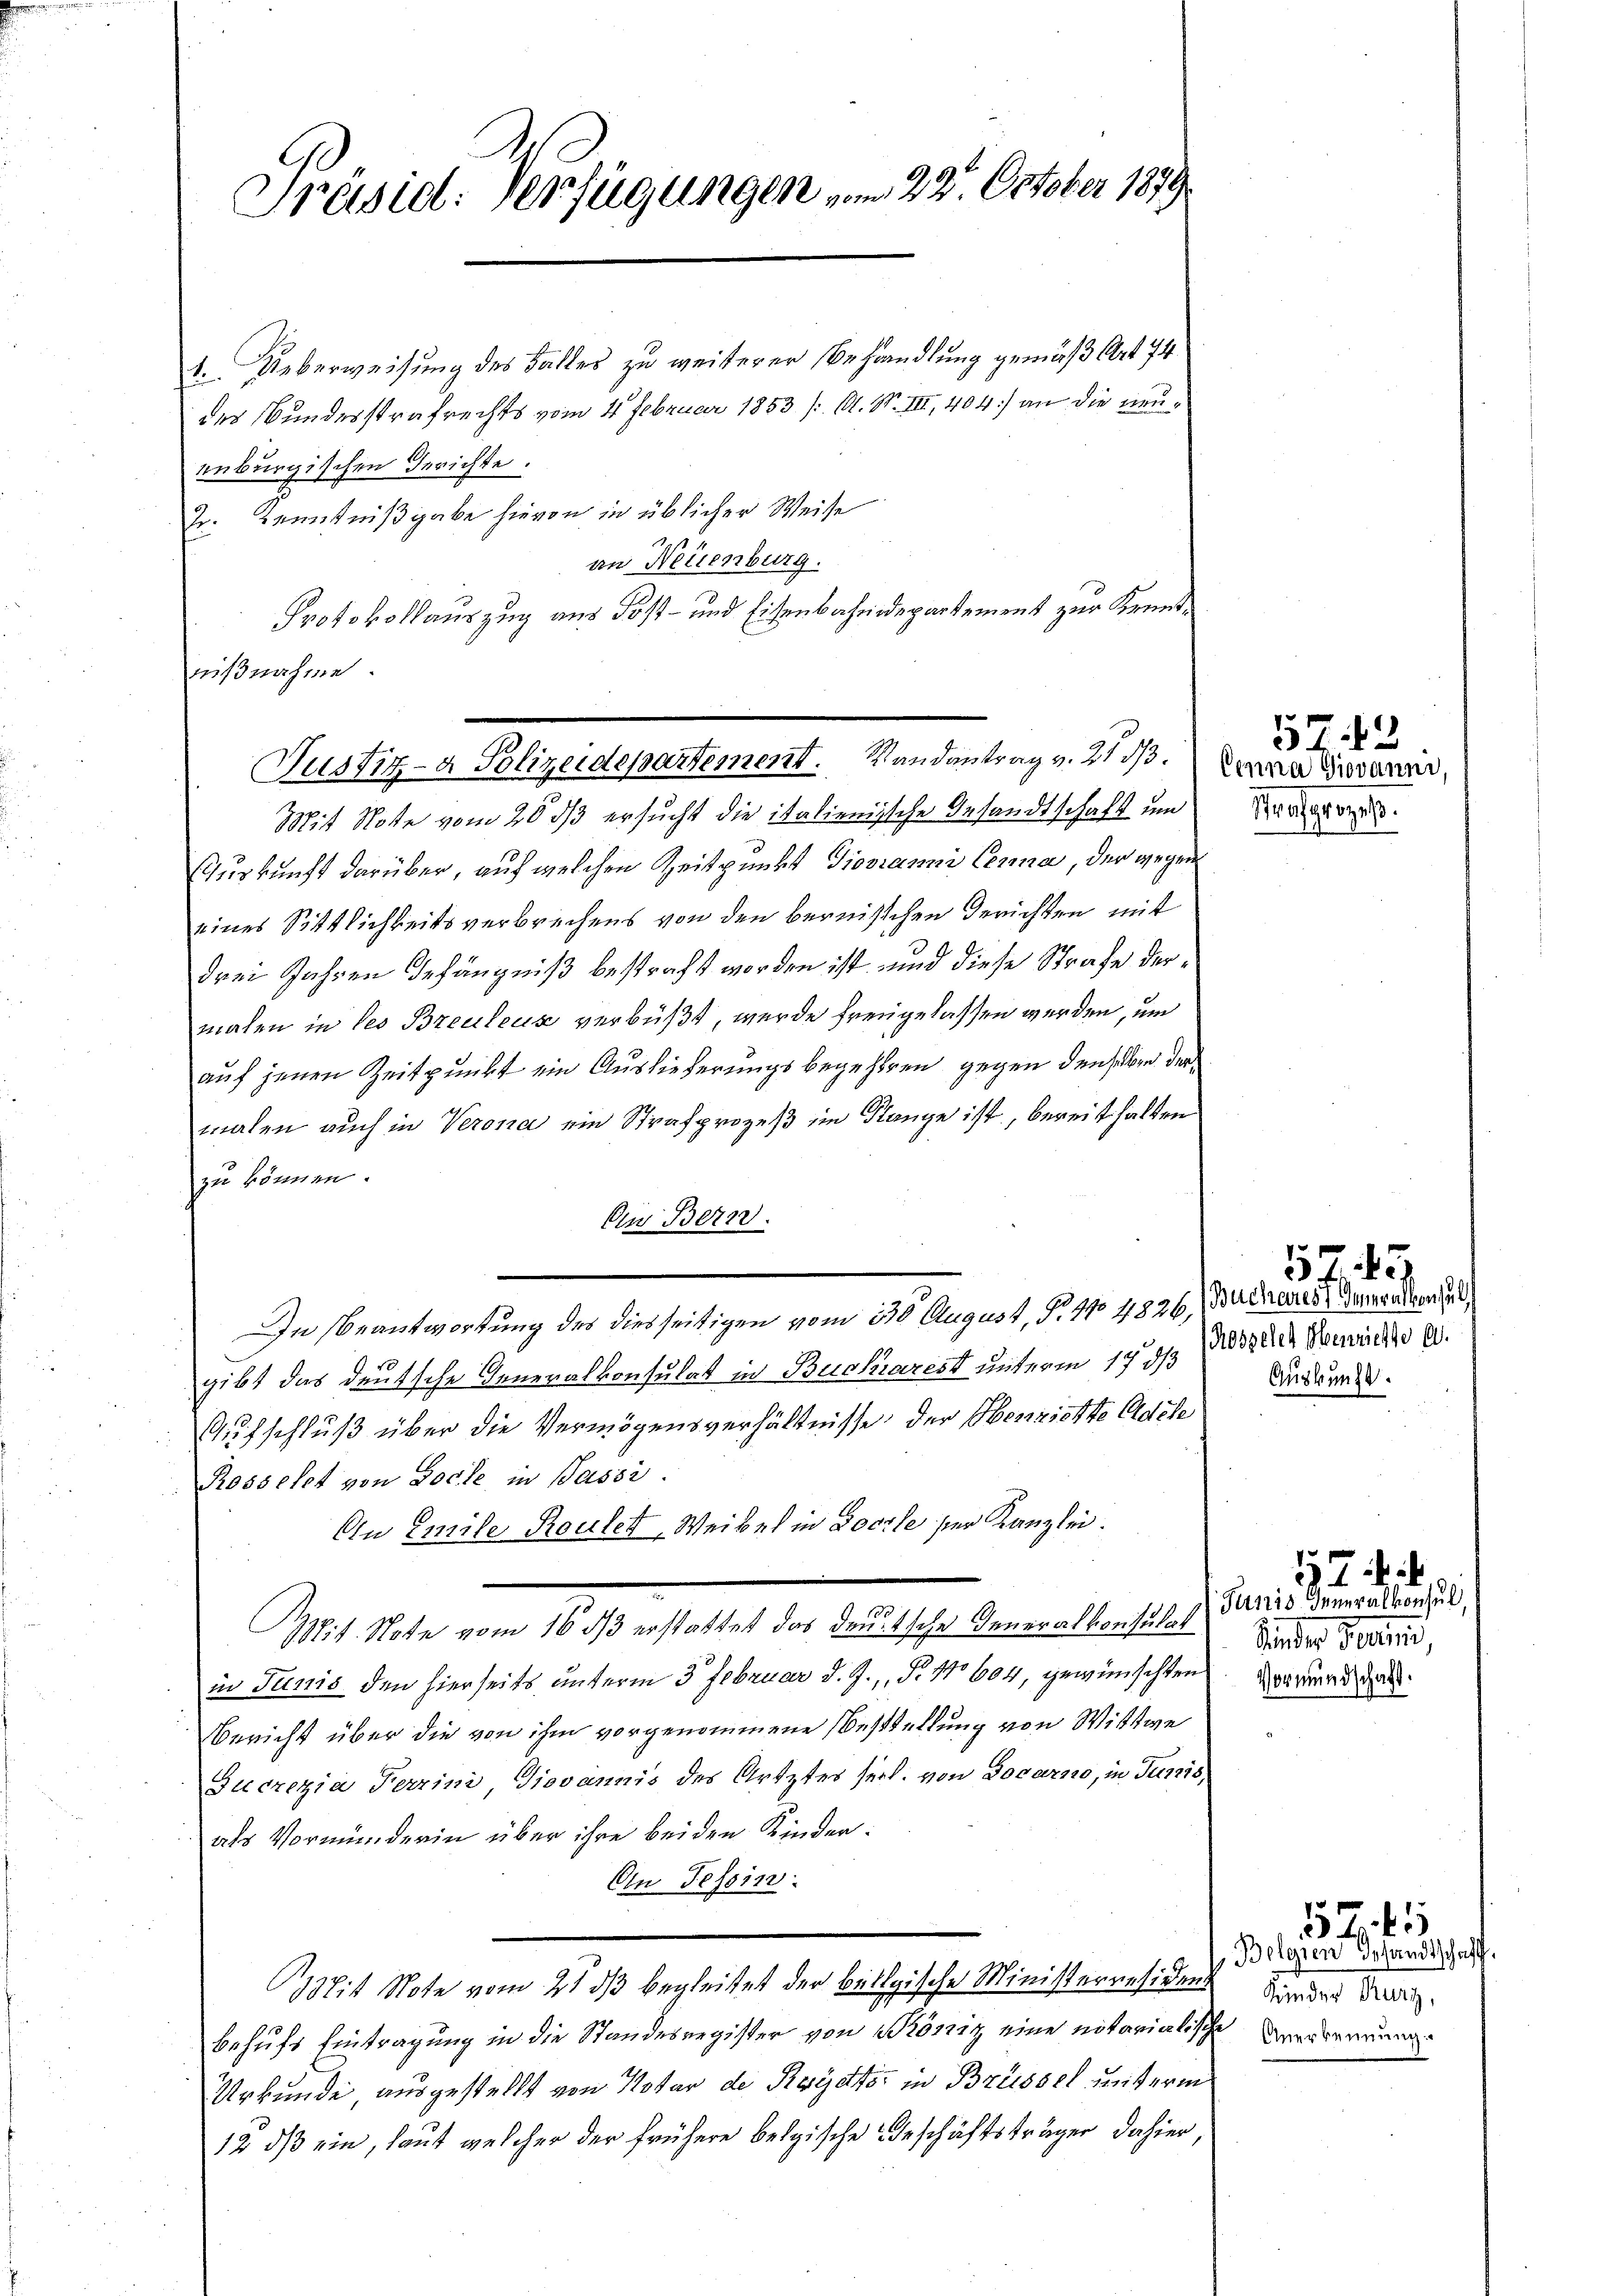
Präsid. Verfügungen vom 22. October 1879

1. Ueberweisung des Falles zu weiterer Behandlung gemäß Art 74
des Bundesstrafrechts vom 4. Februar 1853 /: M. N. III, 404) an die neuenburgischen Berichte:
J. Kenntnißgabe hievon in üblicher Weise
an Neuenburg.
Protokollauszug aus Post- und Eisenbahndepartement zur Kennt¬
Mit Note vom 20. ds ersucht die italienische Gesandtschaft um
Zurkunft darüber, auf welchen Zeitpunkt Giovanni Cerna, der wegen
eines Sittlichkeitsverbrechens von den bernischen Gerichten mit
drei Jahren Gefängniß bestraft worden ist, und diese Strafe dermalen in des Breuleux verbüßt, wurde freigelassen werden, um
auf jenen Zeitpunkt ein Auslieferungsbegehren gegen den selben der
malen auch in Verona ein Strafprozeß im Flange ist, bereit halten
zu können.
An Betr.
In beantwortung des diesseitigen vom 110 August, No. 410 4826, Buchares Generalen,
101
gibt das deutsche Generalkonsulat in Buckiarest unterm 17ten oder Verwicke a.
Aufschluß über die Vermögensverhältnisse der Henzichte Adele
Rosselst von Socke in Passi
An Emile Roulet Weibes in Cocile ser Kanzlei.
Mit. Note vom 16. ds erstattet das deutsche Generalkonsul darnis deneralconsul
in Junis den hierseits unterm 3. Februar d. J., Nr. 11604, gewünschten
Bericht über die von ihm vorgenommene Bestellung von Wittwe
Sucrezia Ferrini Giovannis des Artztes seel. von Docarno, in Junis
als Vormunderin über ihre beiden Kinder:
An Tessin:
it Note vom 21 dβ begleitet der belgische Ministerresidens
behufs Eintragung in die Standesregister von König eine notarialische Verkennung
Urkunde ausgestellt von Notar de Rector in Brüssel unterm
12 dß ein, laut welcher der frühere belgische Geschäftsträger dahier,

nißnahme.
Justiz- & Polizeidepartement. Randantrag v. 21. Anna dann,

57. 42
Strafprozeß.

5743
Auskunft.

Sinder Frau,
Vormundschaft.

12. Mit

Bolgien Gesandtschaff
din der Herz,